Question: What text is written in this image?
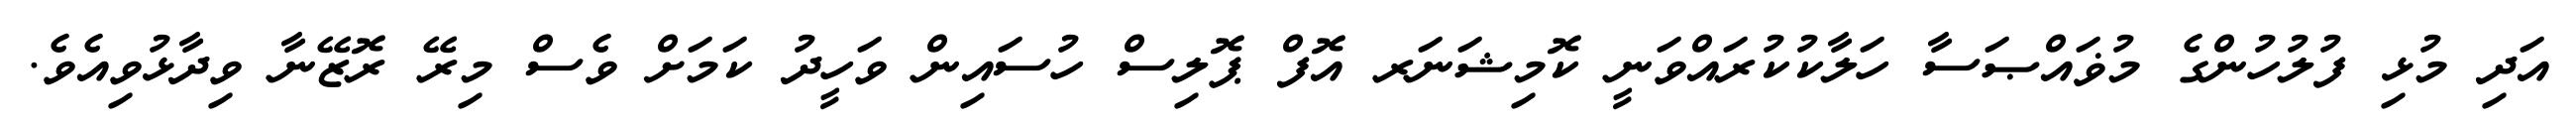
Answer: އަދި މުޅި ފުލުހުންގެ މުޥައްޞަސާ ހަލާކުކުރައްވަނީ ކޮމިޝަނަރ އޮފް ޕޮލިސް ހުސައިން ވަހީދު ކަމަށް ވެސް މިރޭ ރޮޒޭނާ ވިދާޅުވިއެވެ.